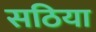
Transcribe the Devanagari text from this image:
सठिया